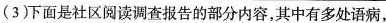
(3)下面是社区阅读调查报告的部分内容，其中有多处语病，